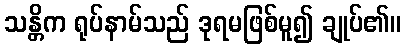
သန္တိက ရုပ်နာမ်သည် ဒုရမဖြစ်မူ၍ ချုပ်၏။